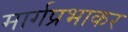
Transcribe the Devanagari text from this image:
मार्गप्रभाकर